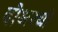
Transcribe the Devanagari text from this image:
बोअरची